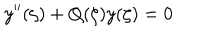
LaTeX: y ^ { \prime \prime } ( \zeta ) + Q ( \zeta ) y ( \zeta ) = 0